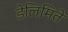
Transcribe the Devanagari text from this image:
डेलिमिते